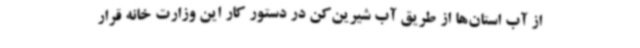
از آب استان‌ها از طریق آب شیرین‌کن در دستور کار این وزارت خانه قرار